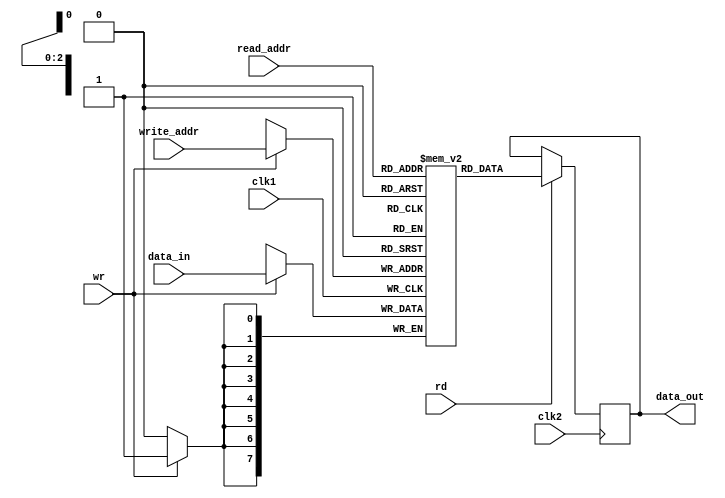
module ram_module (
	input[7:0]data_in,
	input [2:0]write_addr,read_addr,
	input wr,rd,
	input clk1,clk2,
	output reg[7:0]data_out
);
	reg [7:0]mem[7:0];
	always @(posedge clk1) begin
		if (wr) begin
			mem[write_addr]<=data_in;
		end else begin
			
		end
	end
	always @(posedge clk2 ) begin
		if (rd) begin
			data_out<=mem[read_addr];
		end else begin
			
		end
	end
endmodule